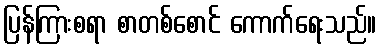
ပြန်ကြားစရာ စာတစ်စောင် ကောက်ရေးသည်။